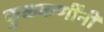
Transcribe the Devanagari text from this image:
कुळकर्णींनी